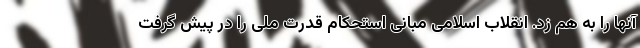
آنها را به هم زد. انقلاب اسلامی مبانی استحکام قدرت ملی را در پیش گرفت